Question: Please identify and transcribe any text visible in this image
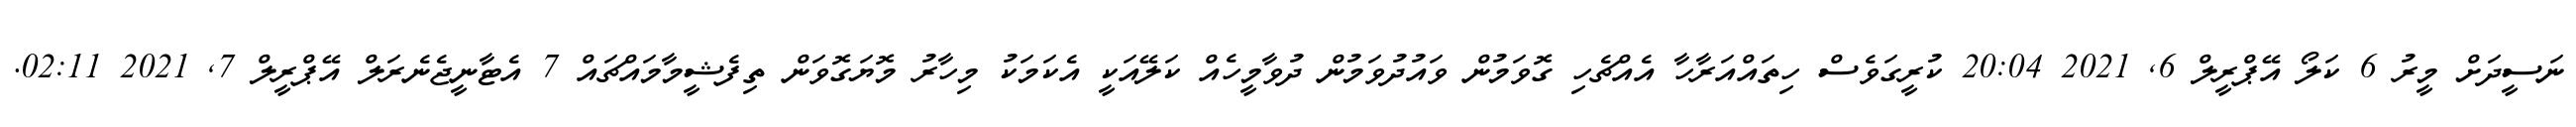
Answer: ނަސީދަށް މީރު 6 ކަލޯ އޭޕްރީލް 6, 2021 20:04 ކުރީގަވެސް ހިތައްއަރާހާ އެއްޗެހި ގޮވަމުން ވައުދުވަމުން ދުވާމީހެއް ކަލޭއަކީ އެކަމަކު މިހާރު މޮޔަގޮވަން ތިފެޝީމާމައްޗައް 7 އެޓާނީޖެނެރަލް އޭޕްރީލް 7, 2021 02:11.